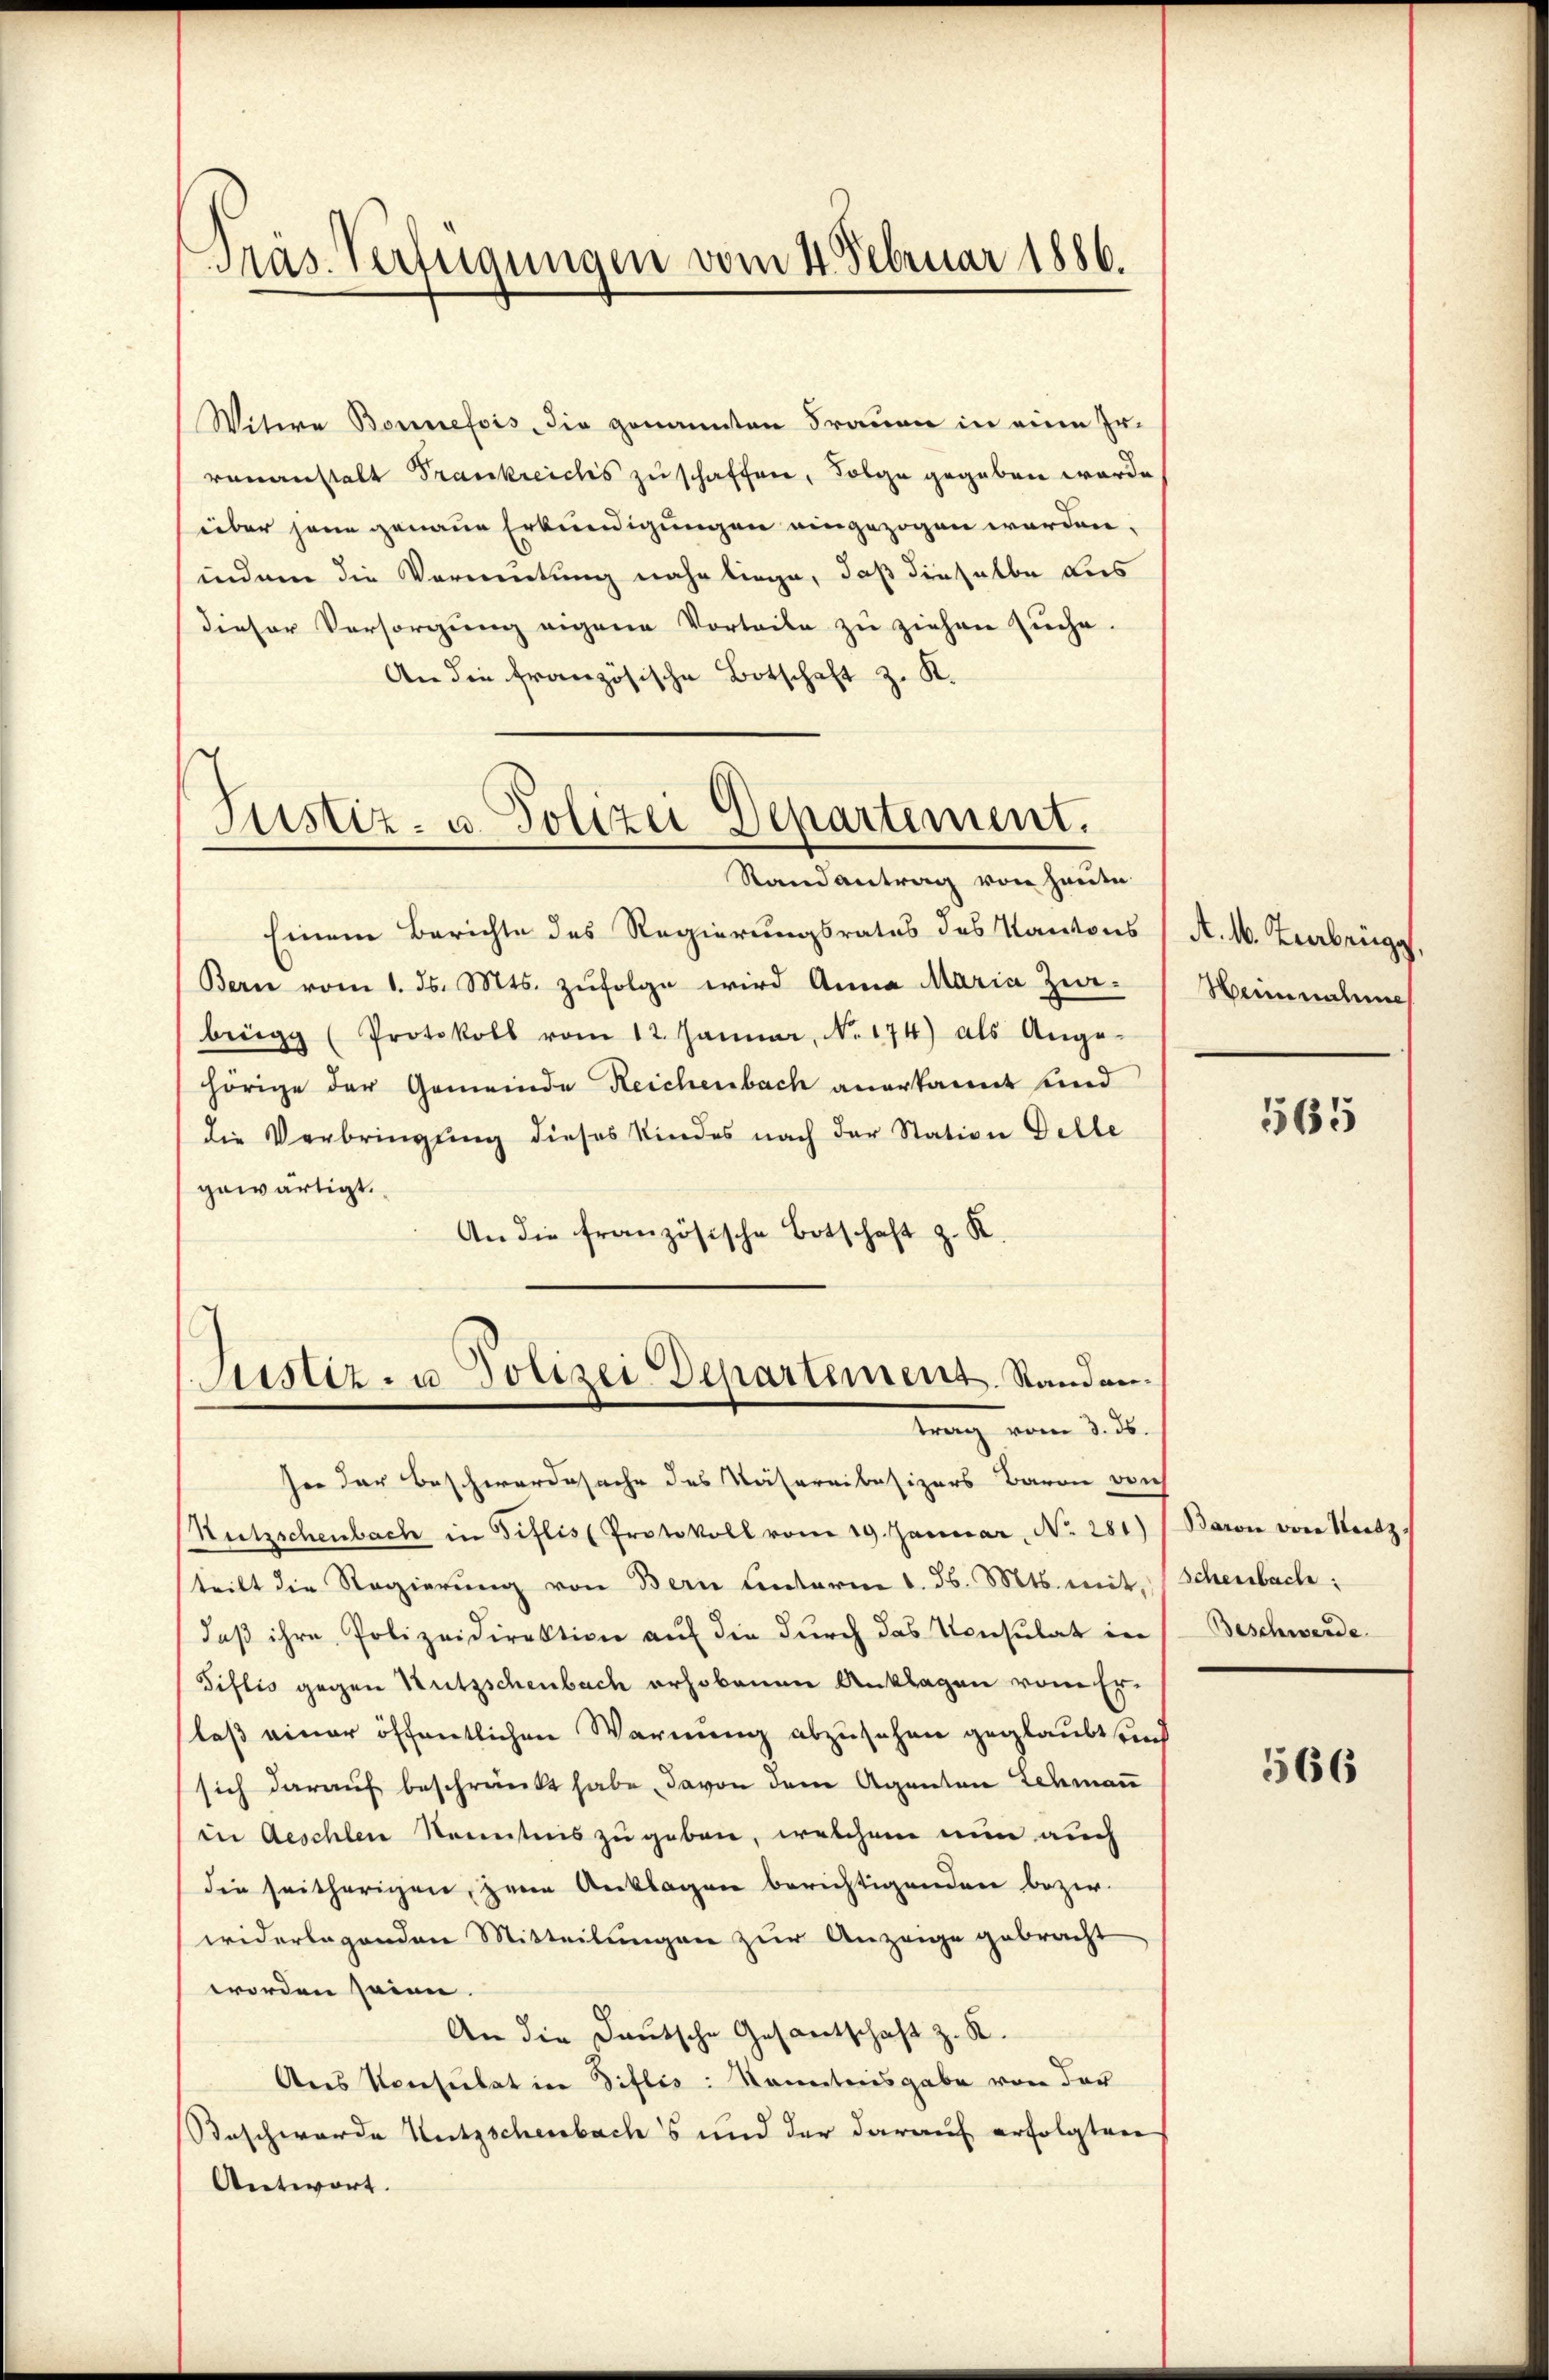
Präs. Verfügungen vom 4. Februar 1886.

Witwe Bonnefois, die genannten Frauen in eine Er-
venanstalt Trankreichs zuschaffen, Folge gegeben werde
über jene genaue Erkundigungen eingezogen worden.
indem die Vermutung nahe liege, daß dieselbe dis
dieser Versorgŭng eigene Vorteile zŭ ziehen suche.
An die französische Botschaft z. K.

Justiz- u. Polizei Departement.

Randantrag von Hause.
Einem Berichte des Regierungsrates des Kantons
Bern vom 1. ds. Mts. zŭfolge wird Anna Maria Zwebrügg (Protokoll vom 12. Januar, No. 174) als Ange-
hörige der Gemeinde Reichenbach anerkannt und
die Verbringung dieses Kindes nach der Station Delle
gewärtigt.
An die französische Botschaft z. K.
see der Beschwerdesache des Nähereibesizers Baron reich
Sutzschenbach in Giflis (Protokoll vom 19. Januar, No. 281)
teilt die Regierŭng von Bern Unterm 1. d. Mts. mit,
daß ihre Polizeidirektion auf die durch das Konsulat in
Tiflio gegen Nutzschenbach erhobenen Anklagen vom Er-
laß einer öffentlichen Warnung abzusehen geglaubt send
sich darauf beschränkt habe, davon dem Agenten Lehman
in Aeschlen Kenntnis zu geben, welchem nun auch
die seitherigen, zum Anklagen berichtigenden bezir
widerlagenden Mitteilungen zur Anzeige gebracht
worden seien.
An die Deutsche Gesantschaft z. R.
Ans Konsulat in Diflis: Kanntnisgabe von der
Roschwerde Nutzschenbachs und der darauf erfolgten
Antwort.

Justiz- u. Polizei Departement. Standen.
 vom 3. 3

A. 16. Zenbrügg
Hennnahme

565

Barvie von Staatz,
Schenbache
Beschwerde.

566